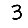
Digit: 3